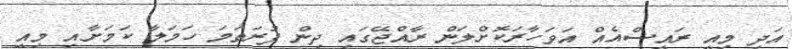
އަދި މިއީ ރައީސްއެއް އަވަހާރަކޮށްލަން ރާއްޖޭގައި ދިން ފުރަތަމަ ހަމަލާ ކަމަށާއި މިއީ